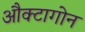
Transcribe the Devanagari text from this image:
औक्टागोन